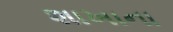
શાખાના